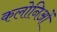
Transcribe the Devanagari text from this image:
कलोनिओं